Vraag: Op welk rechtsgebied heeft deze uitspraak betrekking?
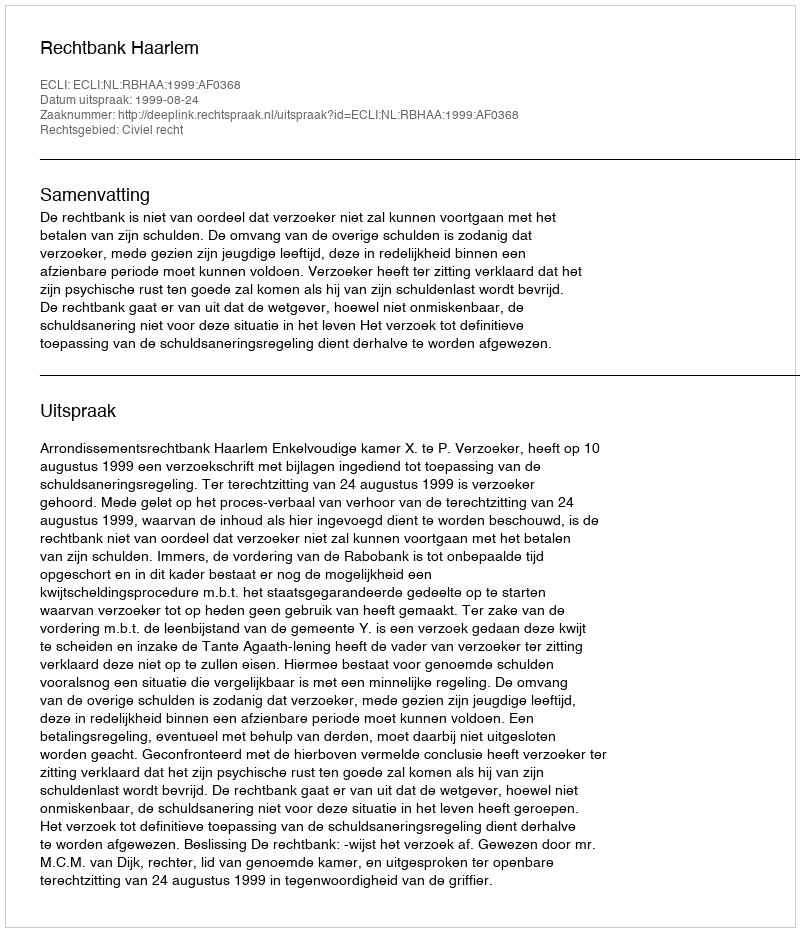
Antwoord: Civiel recht